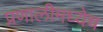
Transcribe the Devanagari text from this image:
प्रणालीमध्येच